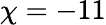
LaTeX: \chi=-11